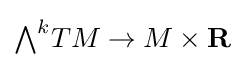
{\textstyle {\textstyle \bigwedge }^{k}TM\to M\times \mathbf {R} }